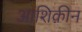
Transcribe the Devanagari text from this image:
आशिक़ीन